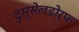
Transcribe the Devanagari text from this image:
दुस्सेलडोर्फ